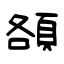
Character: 頟